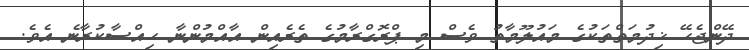
ދޭންޖެހޭ ޚިދުމަތްތަކުގެ މައުލޫމާތު ވެސް މި ޕްރޮގްރާމުގެ ތެރެއިން އާއްމުންނާ ހިއްސާކުރާނެ އެވެ.